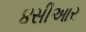
૪સીઆર